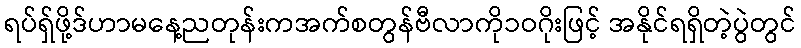
ရပ်ရှ်ဖို့ဒ်ဟာမနေ့ညတုန်းကအက်စတွန်ဗီလာကို၁ဝဂိုးဖြင့် အနိုင်ရရှိတဲ့ပွဲတွင်